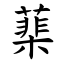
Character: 䕁